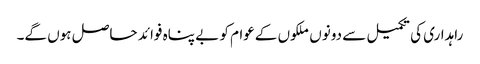
راہداری کی تکمیل سے دونوں ملکوں کےعوام کو بے پناہ فوائد حاصل ہوں گے۔